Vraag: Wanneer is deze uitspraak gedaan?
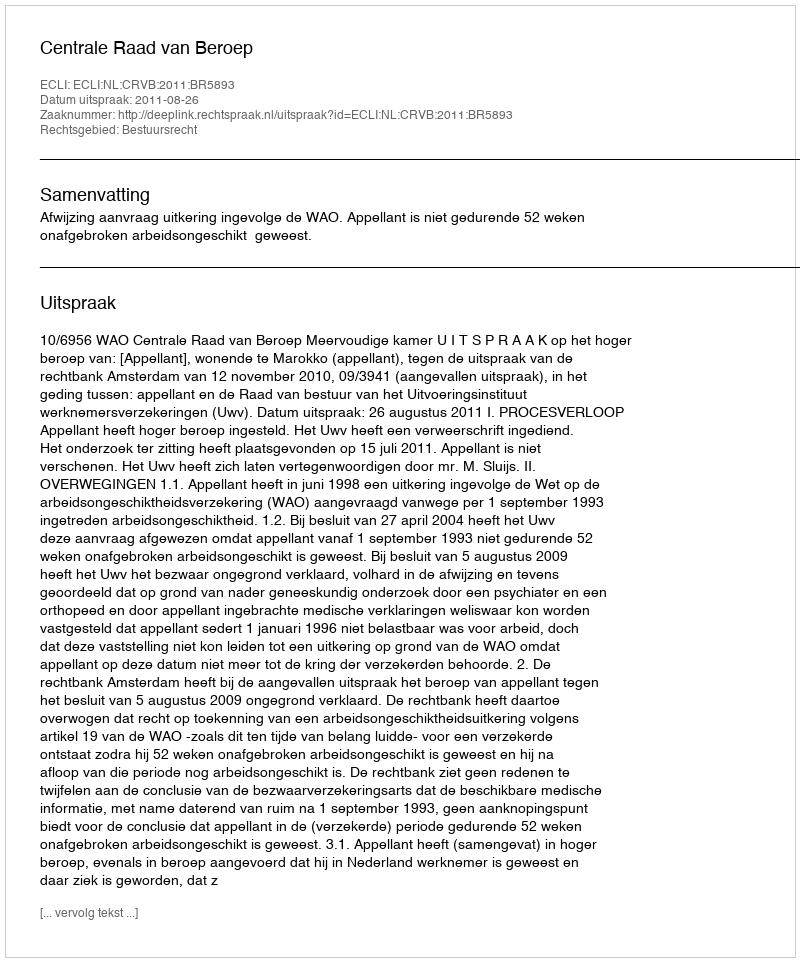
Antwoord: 2011-08-26